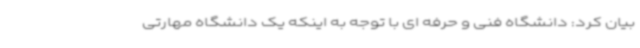
بیان کرد: دانشگاه فنی و حرفه ای با توجه به اینکه یک دانشگاه مهارتی